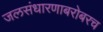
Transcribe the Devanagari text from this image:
जलसंधारणाबरोबरच